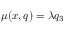
\mu ( x , q ) = \lambda q _ { 3 }